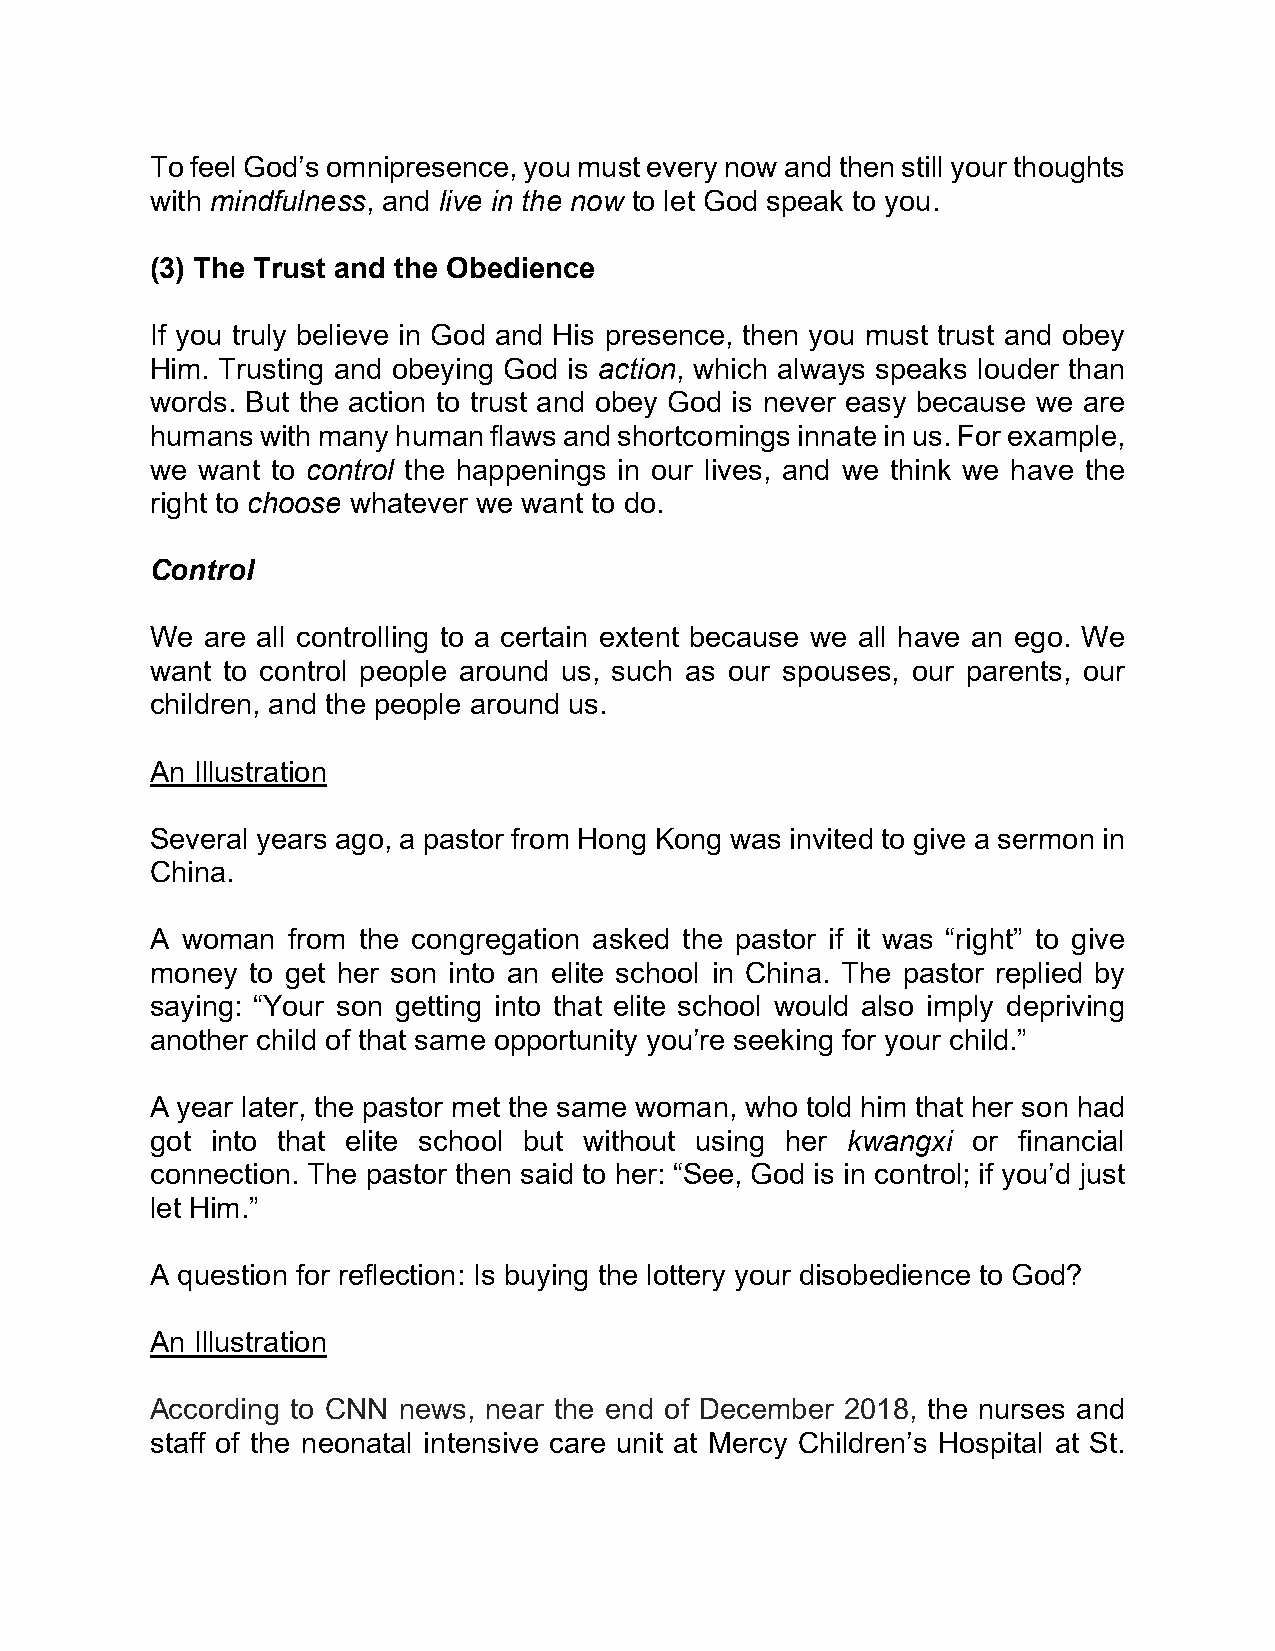
To feel God’s omnipresence, you must every now and then still your thoughts
 with mindfulness, and live in the now to let God speak to you.
 (3) The Trust and the Obedience
 If you truly believe in God and His presence, then you must trust and obey
 Him. Trusting and obeying God is action, which always speaks louder than
 words. But the action to trust and obey God is never easy because we are
 humans with many human flaws and shortcomings innate in us. For example,
 we want to control the happenings in our lives, and we think we have the
 right to choose whatever we want to do.
 Control
 We  are all controlling to a certain extent because we all have an ego. We
 want to control people around us, such as our spouses, our parents, our
 children, and the people around us.
 An Illustration
 Several years ago, a pastor from Hong Kong was invited to give a sermon in
 China.
 A woman  from the congregation asked the pastor if it was “right” to give
 money to get her son into an elite school in China. The pastor replied by
 saying: “Your son getting into that elite school would also imply depriving
 another child of that same opportunity you’re seeking for your child.”
 A year later, the pastor met the same woman, who told him that her son had
 got into that elite school but without using her kwangxi or financial
 connection. The pastor then said to her: “See, God is in control; if you’d just
 let Him.”
 A question for reflection: Is buying the lottery your disobedience to God?
 An Illustration
 According to CNN news, near the end of December 2018, the nurses and
 staff of the neonatal intensive care unit at Mercy Children’s Hospital at St.